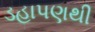
ડહાપણથી